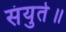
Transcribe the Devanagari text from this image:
संयुते॥